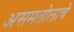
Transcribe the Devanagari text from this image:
असमतोलाचे